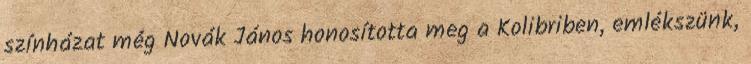
színházat még Novák János honosította meg a Kolibriben, emlékszünk,